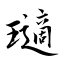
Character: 瓋